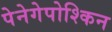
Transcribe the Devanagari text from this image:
पेनेगेपोश्किन